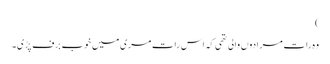
)
وہ رات مرادوں والی تھی کہ اس رات مری میں خوب برف پڑی۔